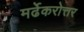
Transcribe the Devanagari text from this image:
मर्ढेकरोत्तर